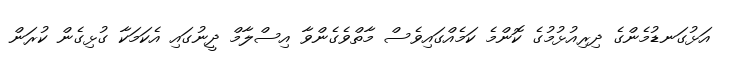
އަޅުގަނޑުމެންގެ ދިރިއުޅުމުގެ ކޮންމެ ކަމެއްގައިވެސް މާތްވެގެންވާ އިސްލާމް ދީނުގައި އެކަމަކާ ގުޅިގެން ކުރަން